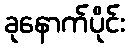
ခုနောက်ပိုင်း